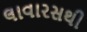
લાવારસથી